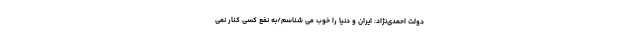
دولت احمدی‌نژاد: ایران و دنیا را خوب می شناسم/به نفع کسی کنار نمی